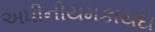
અધીનીયમકાયદા